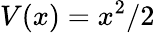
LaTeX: V(x)=x^{2}/2